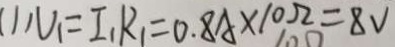
( 1 ) U _ { 1 } = I _ { 1 } R _ { 1 } = 0 . 8 A \times 1 0 \Omega = 8 V